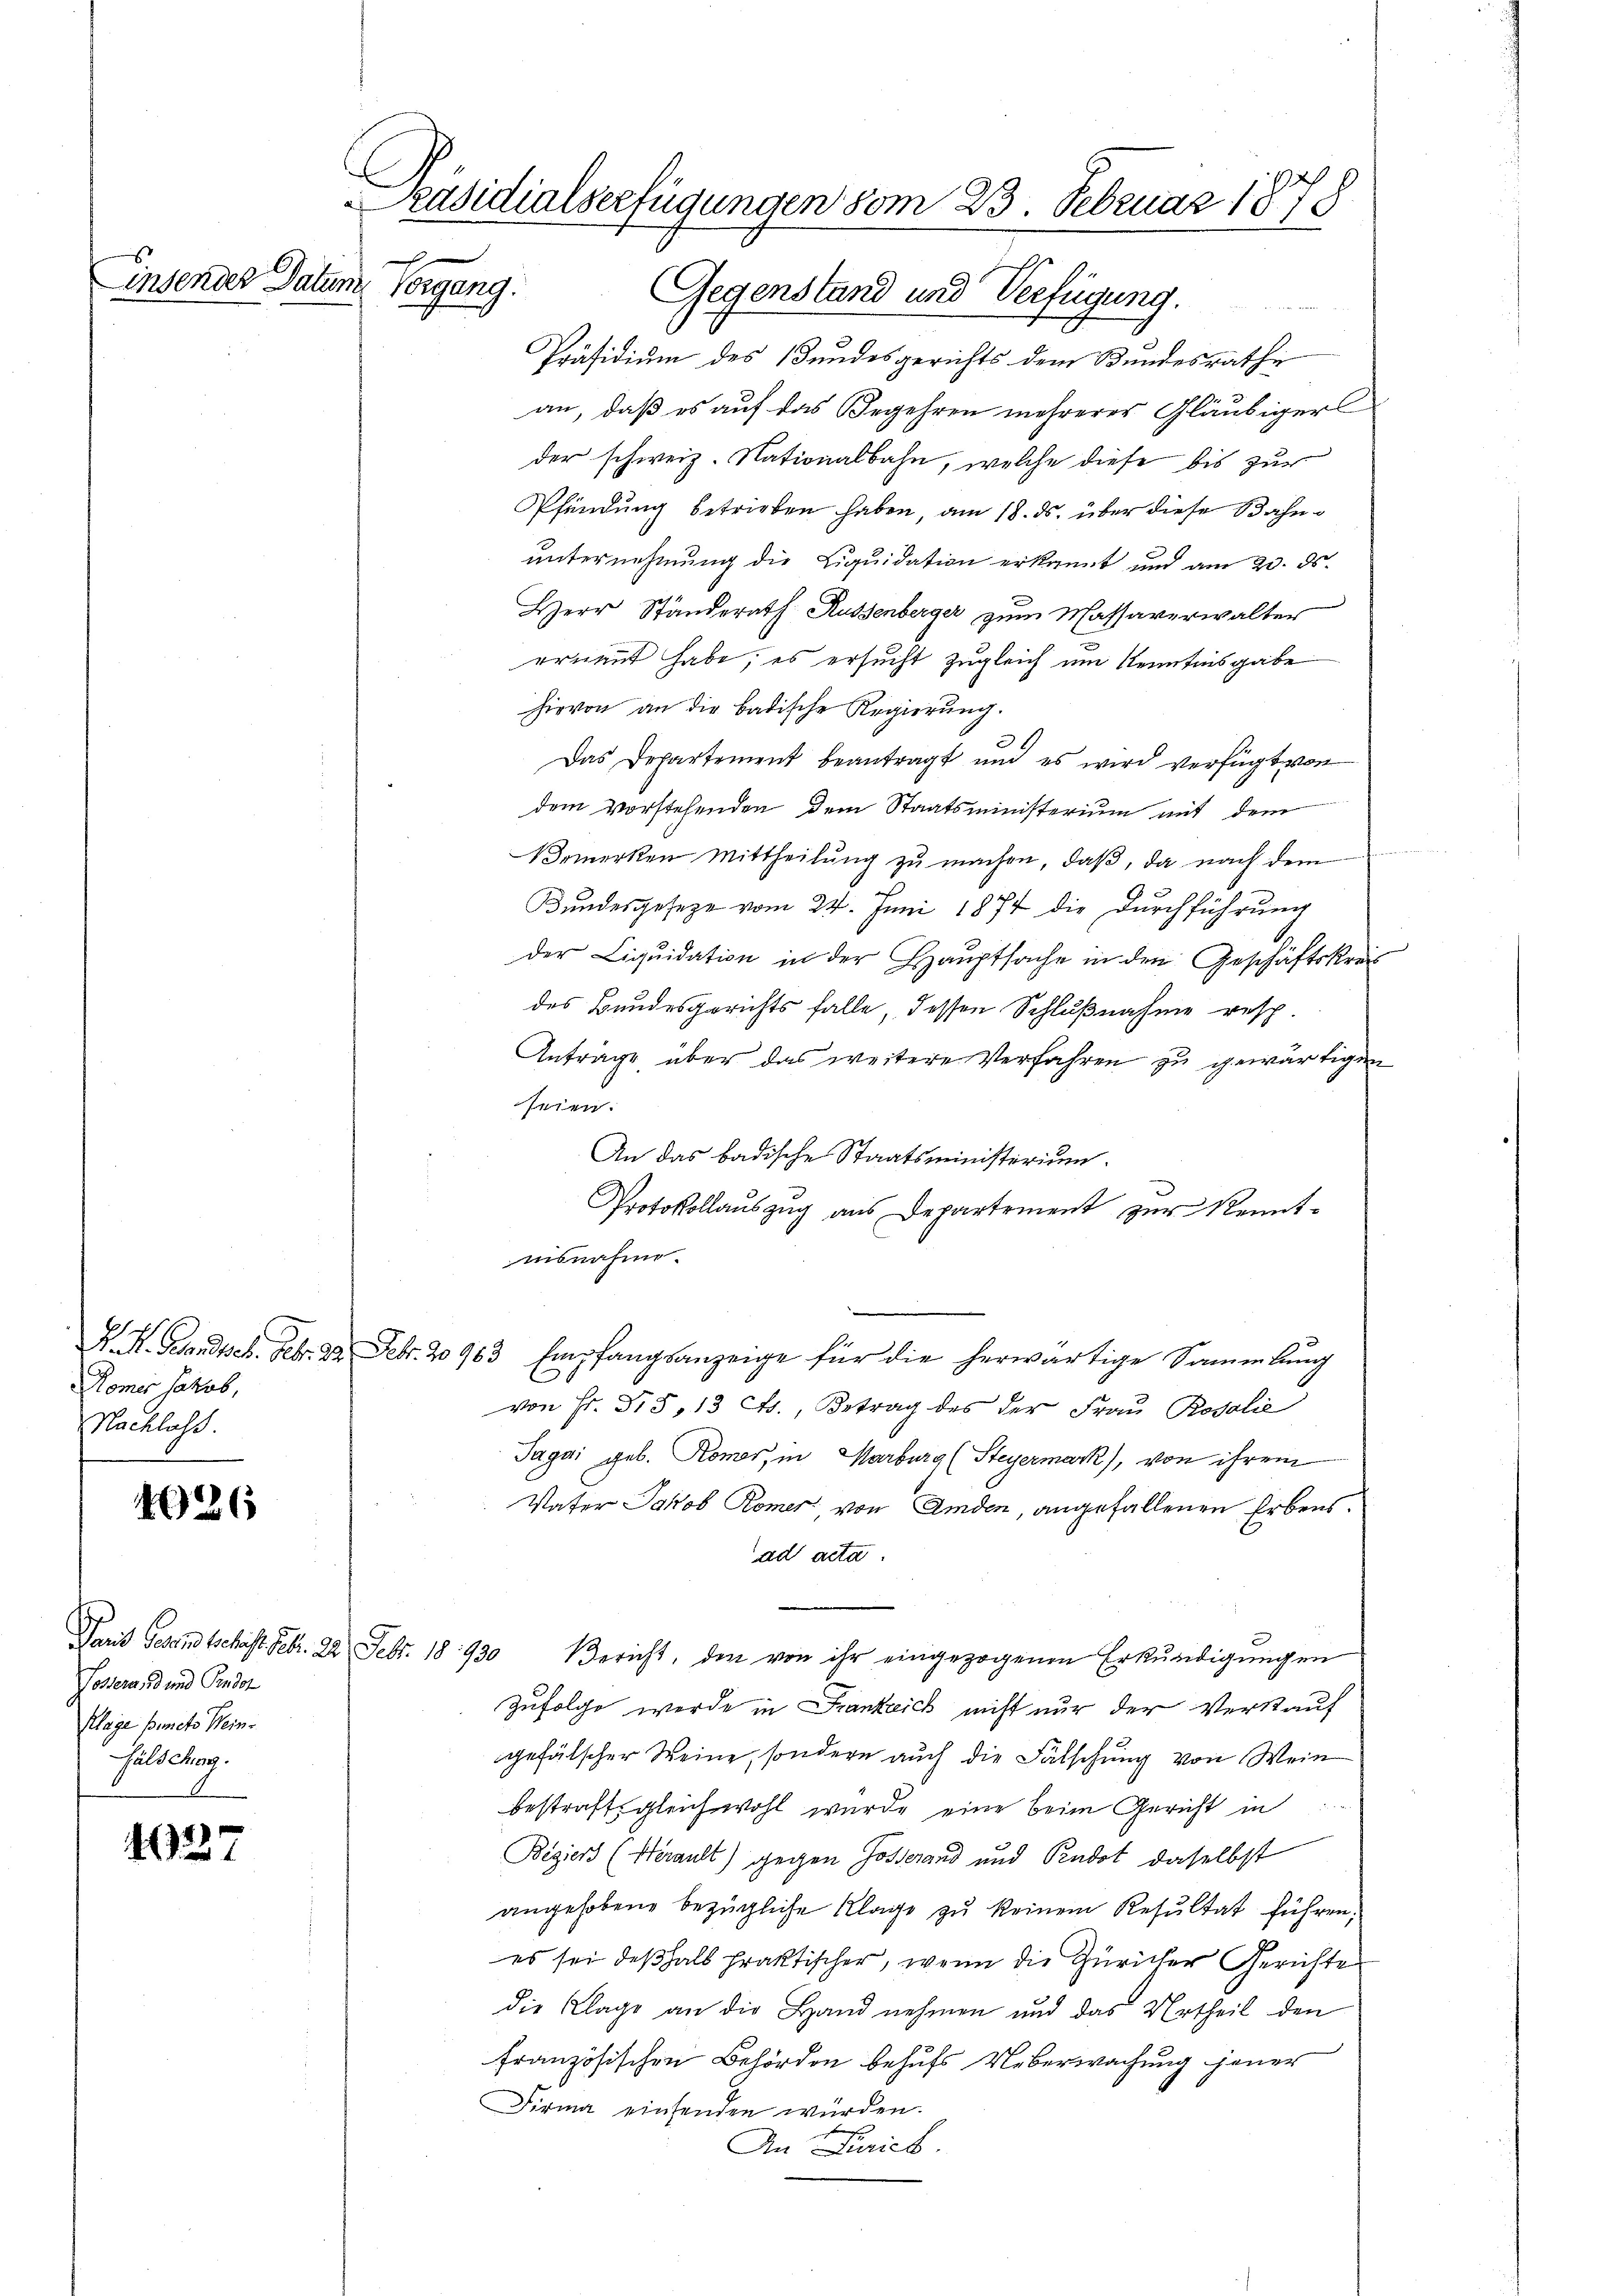
insendes Datum Vorgang

426

1927

Römer Jakob,
Macklass.

Cosera, d und Gundor
Klage puncts Wein¬
Füls Jung.

Gegenstand und Verfügung.
e
Präsidium des Bundesgerichts dem Bundesrathe
an, daß es auf das Begehren mehrerer Gläubiger
der schweiz. Nationalbahn, welche diese bis zur
Pfündung betrieben haben, am 18. ds. über diese Bahnunternehmung die Liquidation erkannt und am 23. ds.
Herr Ständerath Russenberger zum Massaverwalter
ernannt habe; es ersucht zugleich um Kenntnisgabe
hievon an die badische Regierŭng.
39
Das Departement beantragt und es wird verfügt von
dem vorstehenden dem Staatsministerium mit dem
Vemerken Mittheilŭng zŭ machen, daβ, da nach dem
Bundesgesetze vom 24. Juni 1874 die Durchführung
der Liqŭidation in der Haŭptsache in den Geschäftskreis
des Bundesgerichts falle, dessen Schlußnahme resp.
Antrage, über das weitere Verfahren zu gewärtigen
seien.
An das badische Staatsministerium.
Protokollauszug aus Departement zur Kennt-
misnahme.
.
K. K. Gesandtsch. Febr. 122. Febr. 20963 Empfangsanzeige für die herwärtige Sammlung
von Fr. Dr S, 13 F., Betrag des der Frau Rodolie
Tagai geb. Komor, in Marburg (Steyermark), von ihrem
Vater Jakob Romer von Amden, angefallenen Erbensad acta
Paris Gesandtschift Febr. 22. Febr. 18930 Bericht, den von ihr eingezogenen Erkŭndigŭngen
Zufolge werde in Franzeich nicht nur der Verstauf
gefälscher Weine, sondern auch die Fälschung von Wein
bestraft gleichwohl wurde eine beim Gericht in
Bigiers (Herault) gegen Gosserand und Pudot, daselbst
angehobene bezügliche Klage zu keinem Resultat führen;
es sei deßhalb praktischer, wenn die Züricher Gerichte
die Klage an die Hand nehmen und das Urtheil den
französischen Behörden behufs Ueberwachung jener
Firma einsenden würden.
An Purich.

Präsidialserfügungen vom 23. Februar 1878